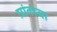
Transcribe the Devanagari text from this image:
प्रांतस्या